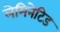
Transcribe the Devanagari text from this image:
लेमिनेटिड